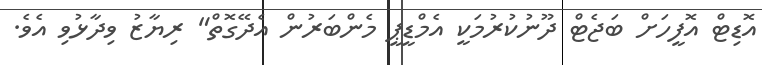
އޮޑިޓް އޮފީހަށް ބަޖެޓް ދޫނުކުރުމަކީ އެމްޑީޕީ މެންބަރުން އެދޭގޮތް" ރިޔާޒު ވިދާޅުވި އެވެ.